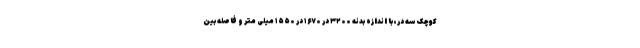
کوچک سه در، با اندازه بدنه ۳۲۰۰ در ۱۶۷۰ در ۱۵۵۰ میلی متر و فاصله بین